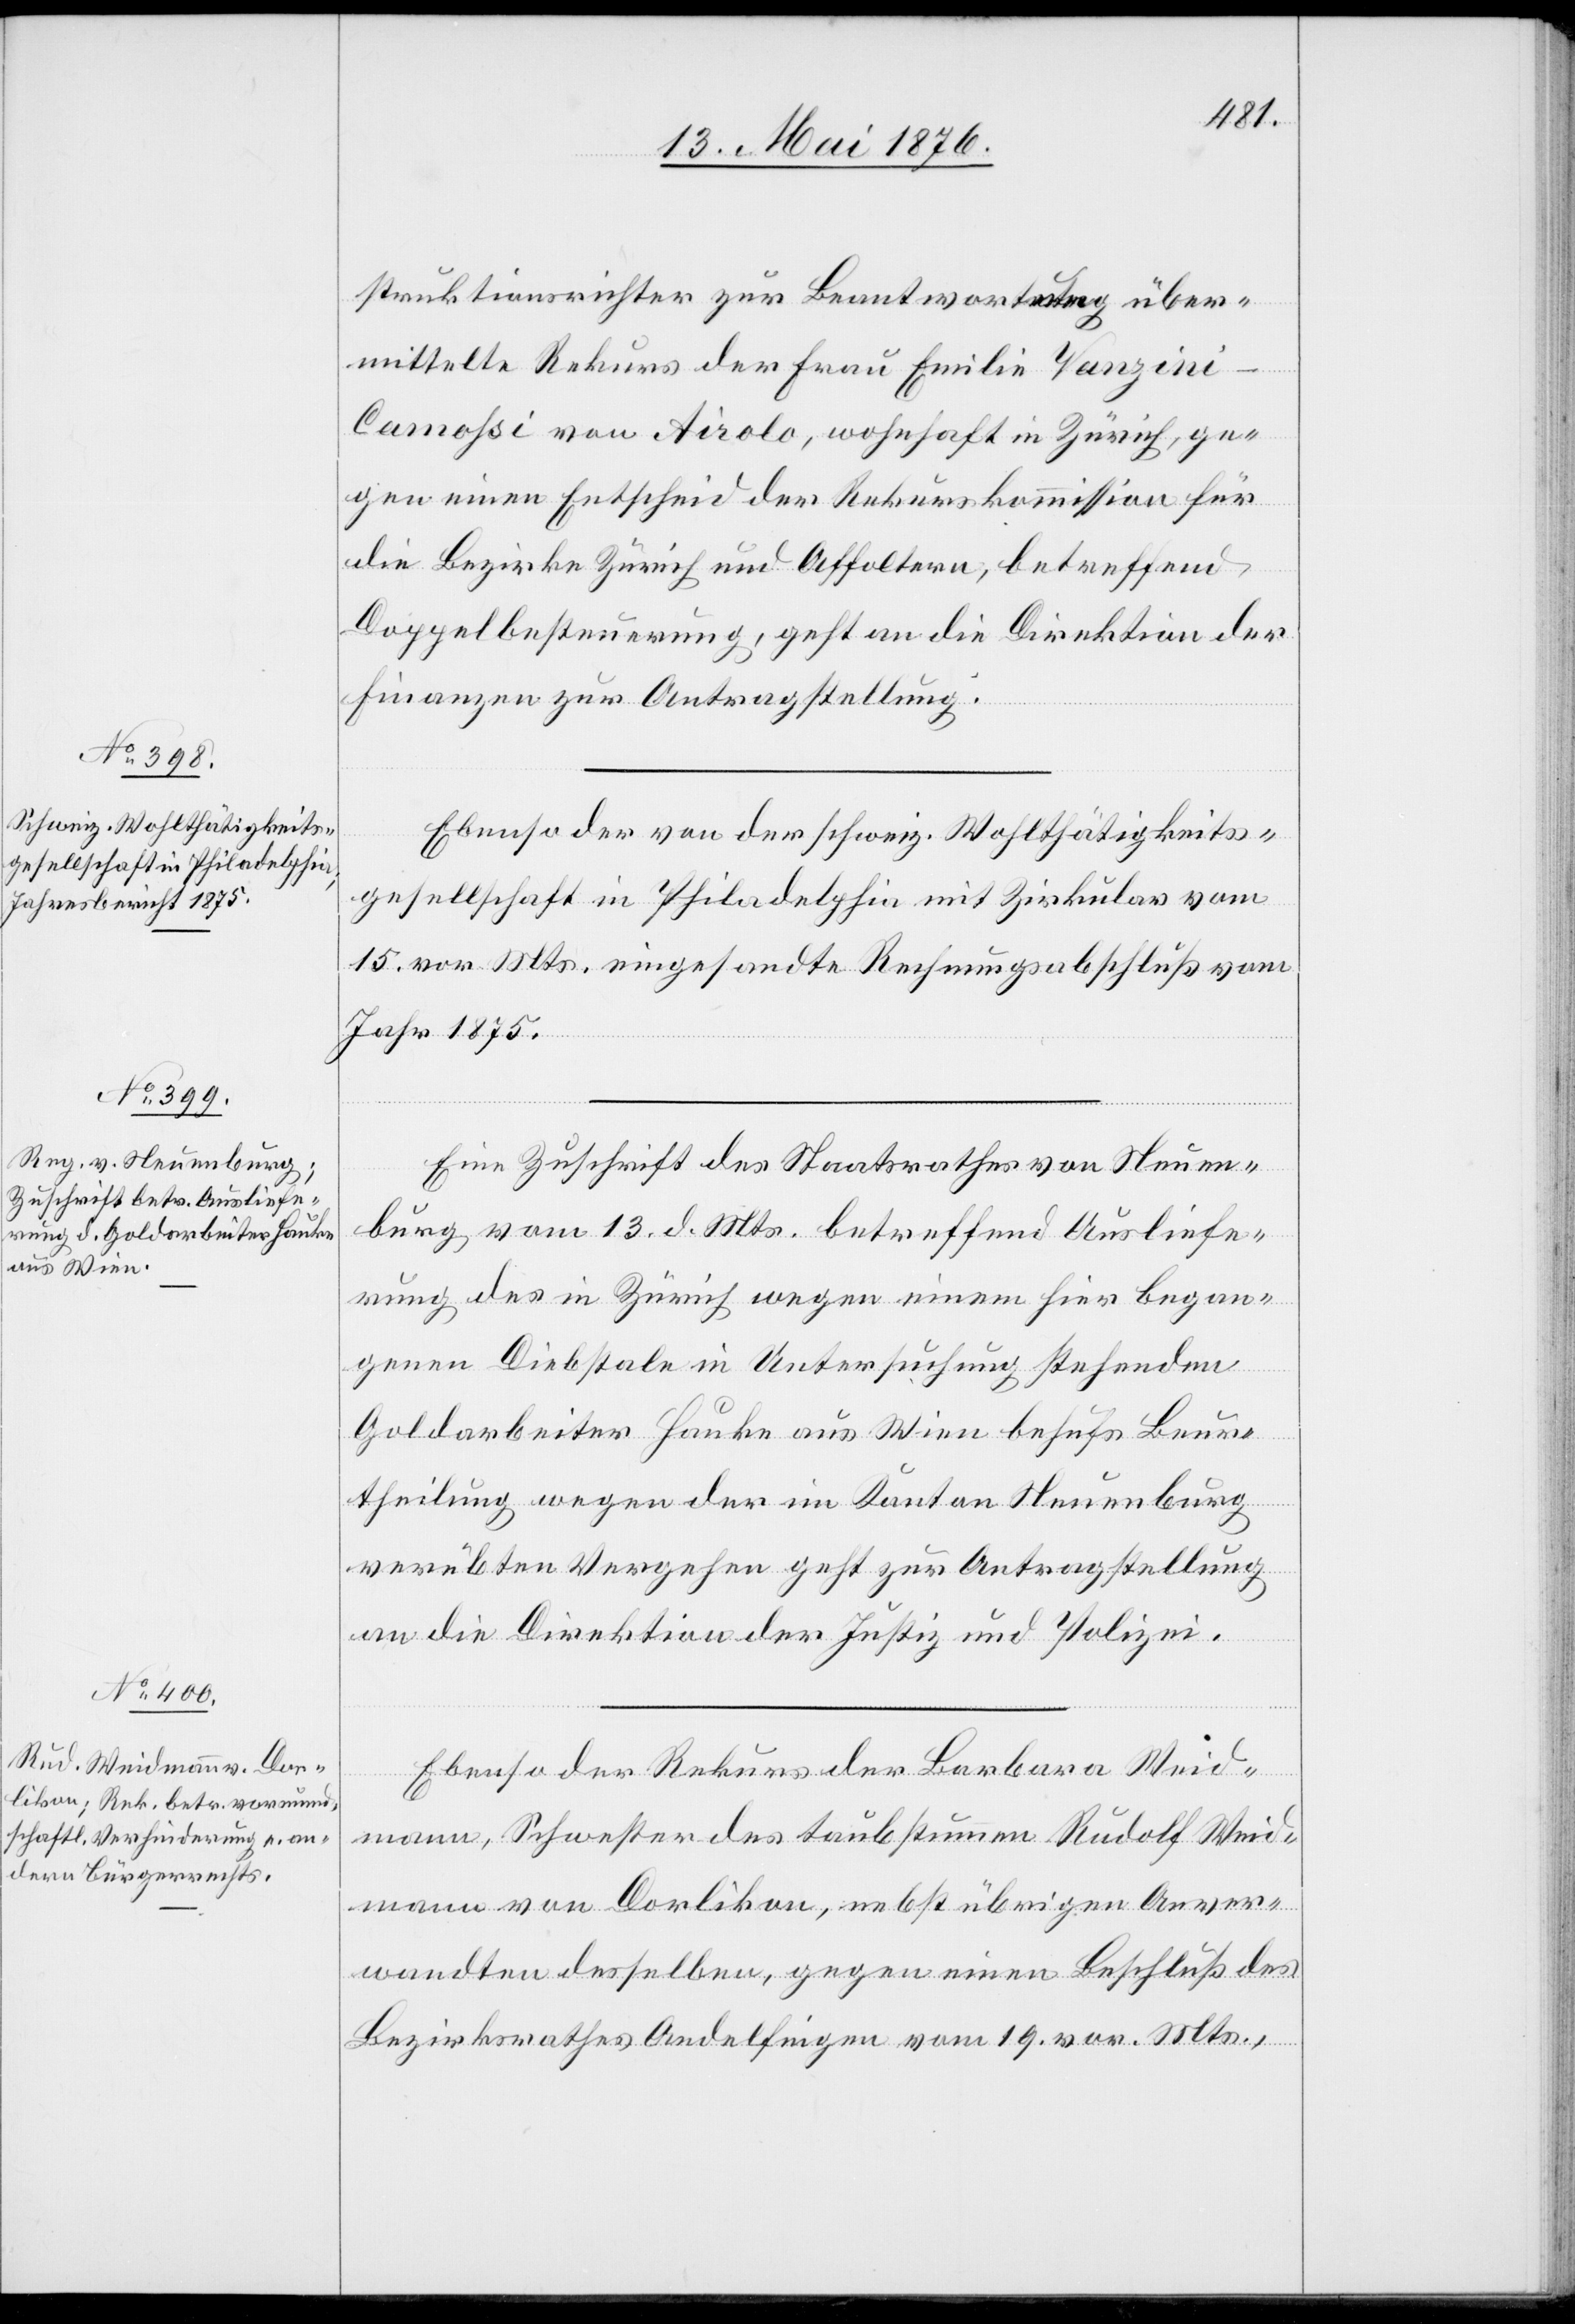
16. Mai 1876.]
struktionsrichter zur Beantwortung über¬
mittelte Rekurs der Frau Emilie Vanzin¬
i-Camohsi von Airolo, wohnhaft in Zürich, ge¬
gen einen Entscheid der Rekurskommission für
die Bezirke Zürich und Affoltern, betreffend
Doppelbestimmung, geht an die Direktion der
Finanzen zur Antragstellung.
Ebenso der von der schweiz. Wohlthätigkeits¬
gesellschaft in Philadelphia mit Zirkular vom
15. vor. Mts. eingesandte Rechnungsabschluß vom
Jahr 1875.
Eine Zuschrift des Staatsrathes von Neuen¬
burg vom 13. d. Mts. betreffend Ausliefe¬
rung des in Zürich wegen einem hier began¬
genen Diebstale in Untersuchung stehenden
Goldarbeiter Hauke aus Wien behufs Beur¬
theilung wegen der im Kanton Neuenburg
verübten Vergehen geht zur Antragstellung
an die Direktion der Justiz und Polizei.
Ebenso der Rekurs der Barbara Weid¬
mann, Schwester des taubstummen Rudolf Weid¬
mann von Dorlikon, nebst übrigen Anver¬
wandten desselben, gegen einen Beschluß des
Bezirksrathes Andelfingen vom 19. vor. Mts.,